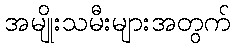
အမျိုးသမီးများအတွက်